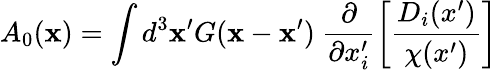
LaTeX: A_{0}({\mathbf x})=\int d^{3}{\mathbf x}^{\prime}G({\mathbf x}-{\mathbf x}^{\prime})~\frac{\partial}{\partial x_{i}^{\prime}}\left[\frac{D_{i}(x^{\prime})}{\chi(x^{\prime})}\right]